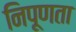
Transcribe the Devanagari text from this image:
निपूणता